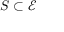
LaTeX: S \subset { \mathcal { E } }